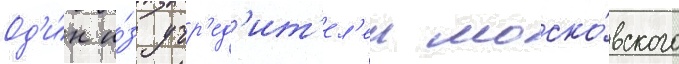
Од'и́н и́з учр'ед'ит'ел'еи моско́вского